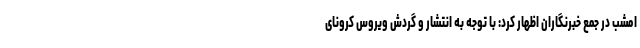
امشب در جمع خبرنگاران اظهار کرد: با توجه به انتشار و گردش ویروس کرونای